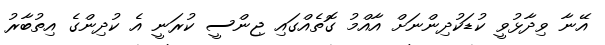
އޭނާ ވިދާޅުވީ ކުޑަކުދިންނަށް އާއްމު ގޮތެއްގައި ޖިންސީ ކުރަނީ އެ ކުދިންގެ އިތުބާރު